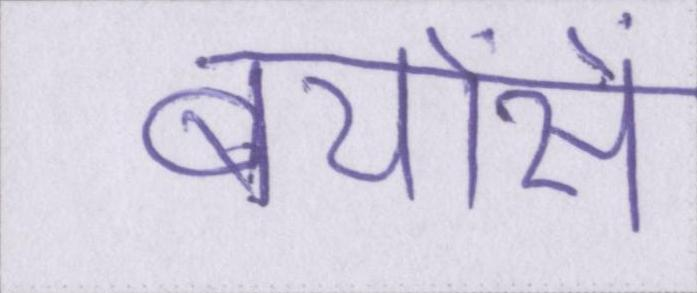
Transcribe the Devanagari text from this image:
बेयोंसे